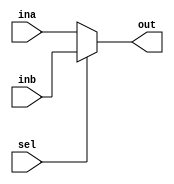
module mux2_1(
    input [31:0] ina,
    input [31:0] inb,
    input sel,
    output [31:0] out
    );
    reg [31:0] out;
    
    always @(*)
    begin 
        out <= sel ? inb : ina;
    end
endmodule